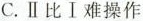
C.Ⅱ比Ⅰ难操作